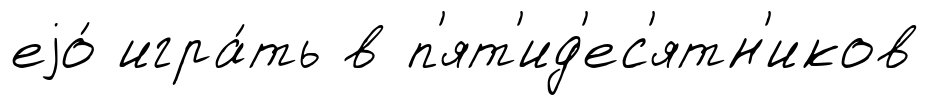
еjо́ игра́ть в п'ят'ид'ес'ятн'иков